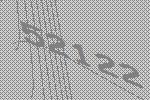
52122